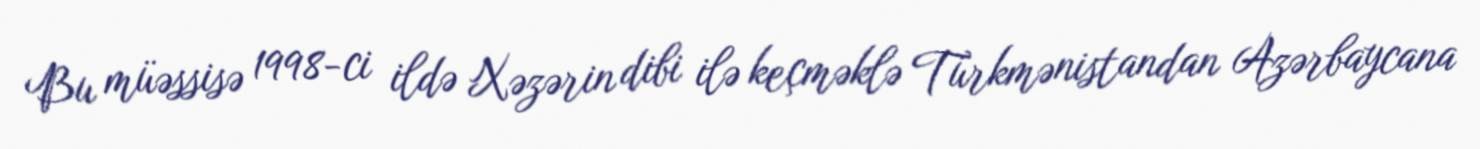
Bu müəssisə 1998-ci ildə Xəzərin dibi ilə keçməklə Türkmənistandan Azərbaycana